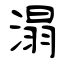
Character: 溻